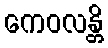
ကေဝလန္တိ